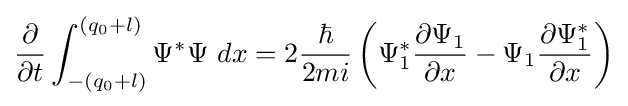
{\frac {\partial }{\partial t}}\int _{-(q_{0}+l)}^{(q_{0}+l)}\Psi ^{*}\Psi \ dx=2{\frac {\hbar }{2mi}}\left(\Psi _{1}^{*}{\frac {\partial \Psi _{1}}{\partial x}}-\Psi _{1}{\frac {\partial \Psi _{1}^{*}}{\partial x}}\right)